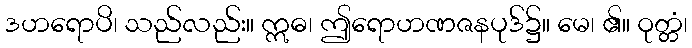
ဒဟရောပိ၊ သည်လည်း။ ဣဓ၊ ဤရောဟဏဇနပုဒ်၌။ မေ၊ ၏။ ဝုတ္တံ၊